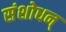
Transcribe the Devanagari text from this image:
संशोधन्